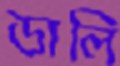
ডালি